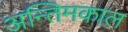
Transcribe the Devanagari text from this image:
अन्तिमकाल